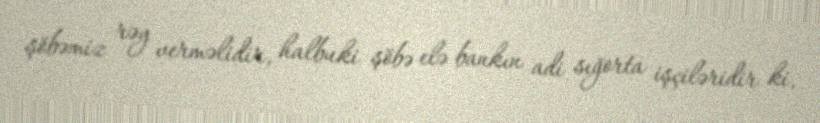
şöbəmiz rəy verməlidir, halbuki şöbə elə bankın adi sığorta işçiləridir ki,